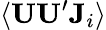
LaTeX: \langle\mathbf{UU}^{\prime}\mathbf{J}_{i}\rangle